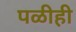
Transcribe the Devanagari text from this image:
पळीही